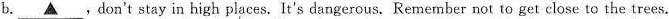
b.\underline{▲},don't stay in high places. It's dangerous. Remember not to get close to the trees.